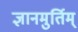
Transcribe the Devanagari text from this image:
ज्ञानमुर्तिम्‌